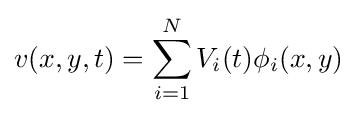
v(x,y,t)=\sum _{i=1}^{N}V_{i}(t)\phi _{i}(x,y)